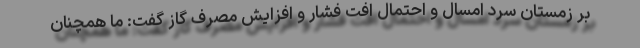
بر زمستان سرد امسال و احتمال افت فشار و افزایش مصرف گاز گفت: ما همچنان